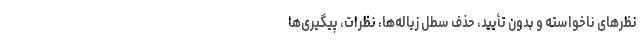
نظرهای ناخواسته و بدون تأیید، حذف سطل زباله‌ها، نظرات، پیگیری‌ها